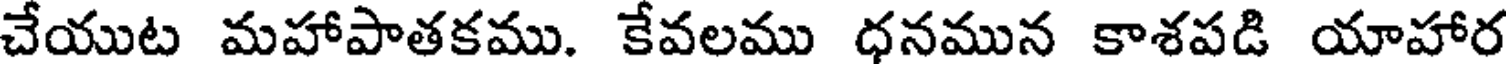
చేయుట మహాపాతకము. కేవలము ధనమున కాశపడి యాహార